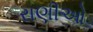
રાણીઓ